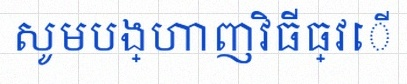
សូមបង្ហាញវិធីធ្វើ